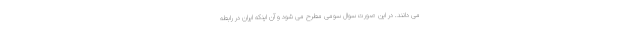
می دانند. در این صورت سوال سومی مطرح می شود و آن اینکه ایران در رابطه